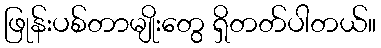
ဖြုန်းပစ်တာမျိုးတွေ ရှိတတ်ပါတယ်။